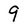
Character: 9